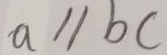
a / / b c